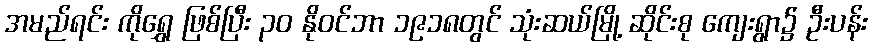
အမည်ရင်း ကိုရွှေ ဖြစ်ပြီး ၃၀ နိုဝင်ဘာ ၁၉၁၈တွင် သုံးဆယ်မြို့ ဆိုင်းစု ကျေးရွာ၌ ဦးပန်း